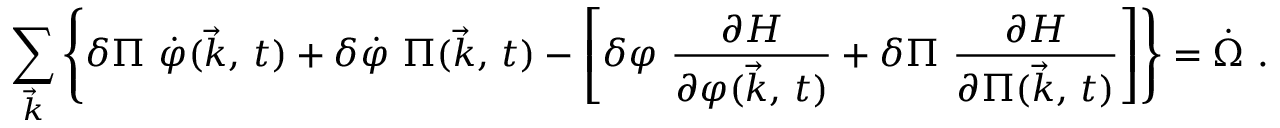
\sum _ { \vec { k } } \left\{ \delta \Pi \ \dot { \varphi } ( \vec { k } , \, t ) + \delta \dot { \varphi } \ \Pi ( \vec { k } , \, t ) - \left[ \delta \varphi \ { \frac { \partial H } { \partial \varphi ( \vec { k } , \, t ) } } + \delta \Pi \ { \frac { \partial H } { \partial \Pi ( \vec { k } , \, t ) } } \right] \right\} = \dot { \Omega } \ .